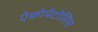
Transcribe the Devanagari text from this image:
ऐक्रोमेटोसिस